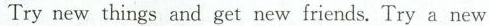
Try new things and get new friends. Try a new